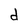
Character: d